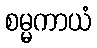
စမ္မကာယံ